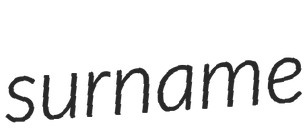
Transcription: surname